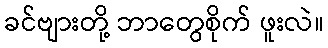
ခင်ဗျားတို့ ဘာတွေစိုက် ဖူးလဲ။